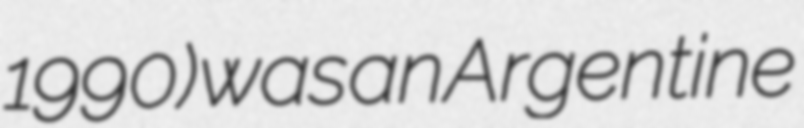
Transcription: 1990) was an Argentine